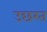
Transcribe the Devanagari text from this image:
उछरत